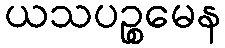
ယသပဉ္စမေန